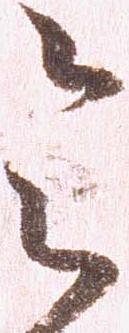
令